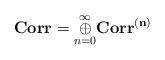
LaTeX: \begin{align*}\textbf{Corr}=\overset{\infty}{\underset{n=0}{\oplus}}\textbf{Corr}^{\mathbf{(n)}}\end{align*}